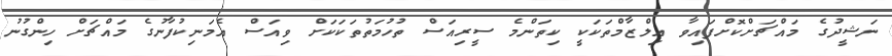
ނަޝީދުގެ މައްޗަށްކޮށްފައިވާ އިލްޒާމްތަކަކީ ކިތަންމެ ސީރިއަސް ތުހުމަތުތަކަކަށް ވިއަސް އެމަނިކުފާނުގެ މައްޗަށް ހިންގުނު